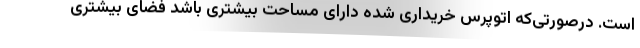
است. درصورتی‌که اتوپرس خریداری شده دارای مساحت بیشتری باشد فضای بیشتری